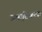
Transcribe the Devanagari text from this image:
उत्सृष्टिकांक